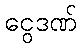
ငွေဒဏ်